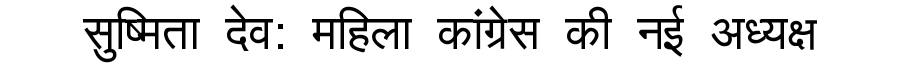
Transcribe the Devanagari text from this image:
सुष्मिता देव: महिला कांग्रेस की नई अध्यक्ष